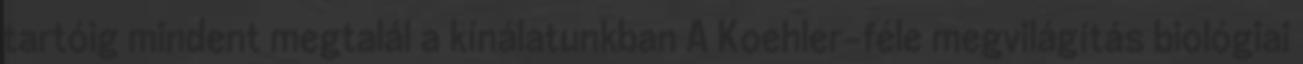
tartóig mindent megtalál a kínálatunkban A Koehler-féle megvilágítás biológiai